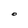
Character: O